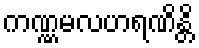
ကဏ္ဏမလဟရဏိန္တိ